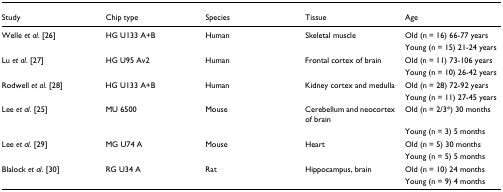
<table><thead><tr><td><b>Study</b></td><td><b>Chip type</b></td><td><b>Species</b></td><td><b>Tissue</b></td><td><b>Age</b></td></tr></thead><tbody><tr><td>Welle <i>et al</i>. [26]</td><td>HG U133 A+B</td><td>Human</td><td>Skeletal muscle</td><td>Old (n = 16) 66-77 years</td></tr><tr><td></td><td></td><td></td><td></td><td>Young (n = 15) 21-24 years</td></tr><tr><td>Lu <i>et al</i>. [27]</td><td>HG U95 Av2</td><td>Human</td><td>Frontal cortex of brain</td><td>Old (n = 11) 73-106 years</td></tr><tr><td></td><td></td><td></td><td></td><td>Young (n = 10) 26-42 years</td></tr><tr><td>Rodwell <i>et al</i>. [28]</td><td>HG U133 A+B</td><td>Human</td><td>Kidney cortex and medulla</td><td>Old (n = 28) 72-92 years</td></tr><tr><td></td><td></td><td></td><td></td><td>Young (n = 11) 27-45 years</td></tr><tr><td>Lee <i>et al</i>. [25]</td><td>MU 6500</td><td>Mouse</td><td>Cerebellum and neocortex of brain</td><td>Old (n = 2/3*) 30 months</td></tr><tr><td></td><td></td><td></td><td></td><td>Young (n = 3) 5 months</td></tr><tr><td>Lee <i>et al</i>. [29]</td><td>MG U74 A</td><td>Mouse</td><td>Heart</td><td>Old (n = 5) 30 months</td></tr><tr><td></td><td></td><td></td><td></td><td>Young (n = 5) 5 months</td></tr><tr><td>Blalock <i>et al</i>. [30]</td><td>RG U34 A</td><td>Rat</td><td>Hippocampus, brain</td><td>Old (n = 10) 24 months</td></tr><tr><td></td><td></td><td></td><td></td><td>Young (n = 9) 4 months</td></tr></tbody></table>